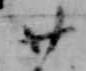
廿